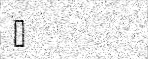
٧